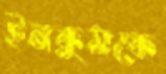
ইনকুমকে